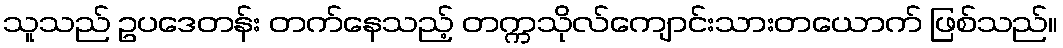
သူသည် ဥပဒေတန်း တက်နေသည့် တက္ကသိုလ်ကျောင်းသားတယောက် ဖြစ်သည်။